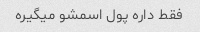
فقط داره پول اسمشو میگیره